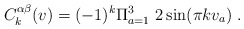
\begin{align*}C_{k}^{\alpha \beta}(v) = (-1)^k \Pi_{a=1}^{3} ~2 \sin(\pi k v_a)\;.\end{align*}